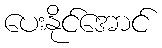
ပေးနိုင်အောင်